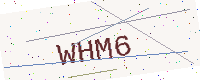
Text: WHM6